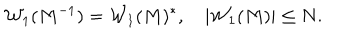
LaTeX: { \cal W } _ { 1 } ( M ^ { - 1 } ) = { \cal W } _ { 1 } ( M ) ^ { * } , \quad | { \cal W } _ { 1 } ( M ) | \leq N .